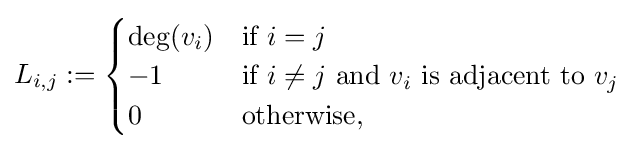
L_{i,j}:={\begin{cases}\deg(v_{i})&{\mbox{if}}\ i=j\\-1&{\mbox{if}}\ i\neq j\ {\mbox{and}}\ v_{i}{\mbox{ is adjacent to }}v_{j}\\0&{\mbox{otherwise}},\end{cases}}